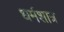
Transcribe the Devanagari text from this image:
धर्मशात्र